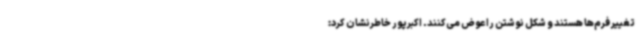
تغییر فرم‌ها هستند و شکل‌ نوشتن را عوض می‌کنند. اکبرپور خاطرنشان کرد: